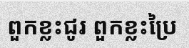
ពួកខ្លះជូរ ពួកខ្លះប្រៃ